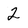
Character: 2